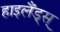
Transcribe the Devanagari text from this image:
हाइलैंड्स्